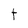
Character: t